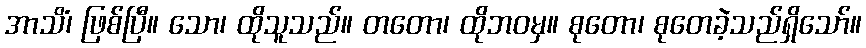
အာသိံ၊ ဖြစ်ပြီ။ သော၊ ထိုသူသည်။ တတော၊ ထိုဘဝမှ။ စုတော၊ စုတေခဲ့သည်ရှိသော်။